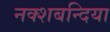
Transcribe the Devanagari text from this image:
नक्शबन्दिया